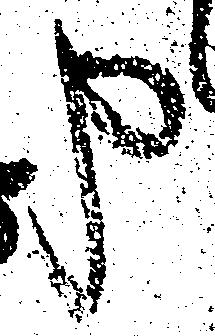
申